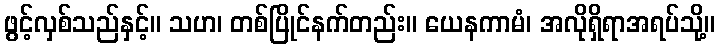
ဖွင့်လှစ်သည်နှင့်။ သဟ၊ တစ်ပြိုင်နက်တည်း။ ယေနကာမံ၊ အလိုရှိရာအရပ်သို့။